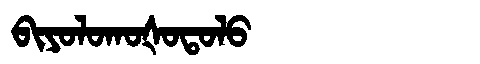
Manchu: ᠪᡳᠶᠣᠯᠣᡴᠣᡧᠣᡨᠣᠯᠣ
Romanization: BIYOLOKOŠOTOLO